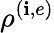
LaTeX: \rho^{(\mathbf{i},e)}